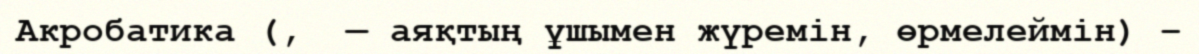
Акробатика (,  — аяқтың ұшымен жүремін, өрмелеймін) –